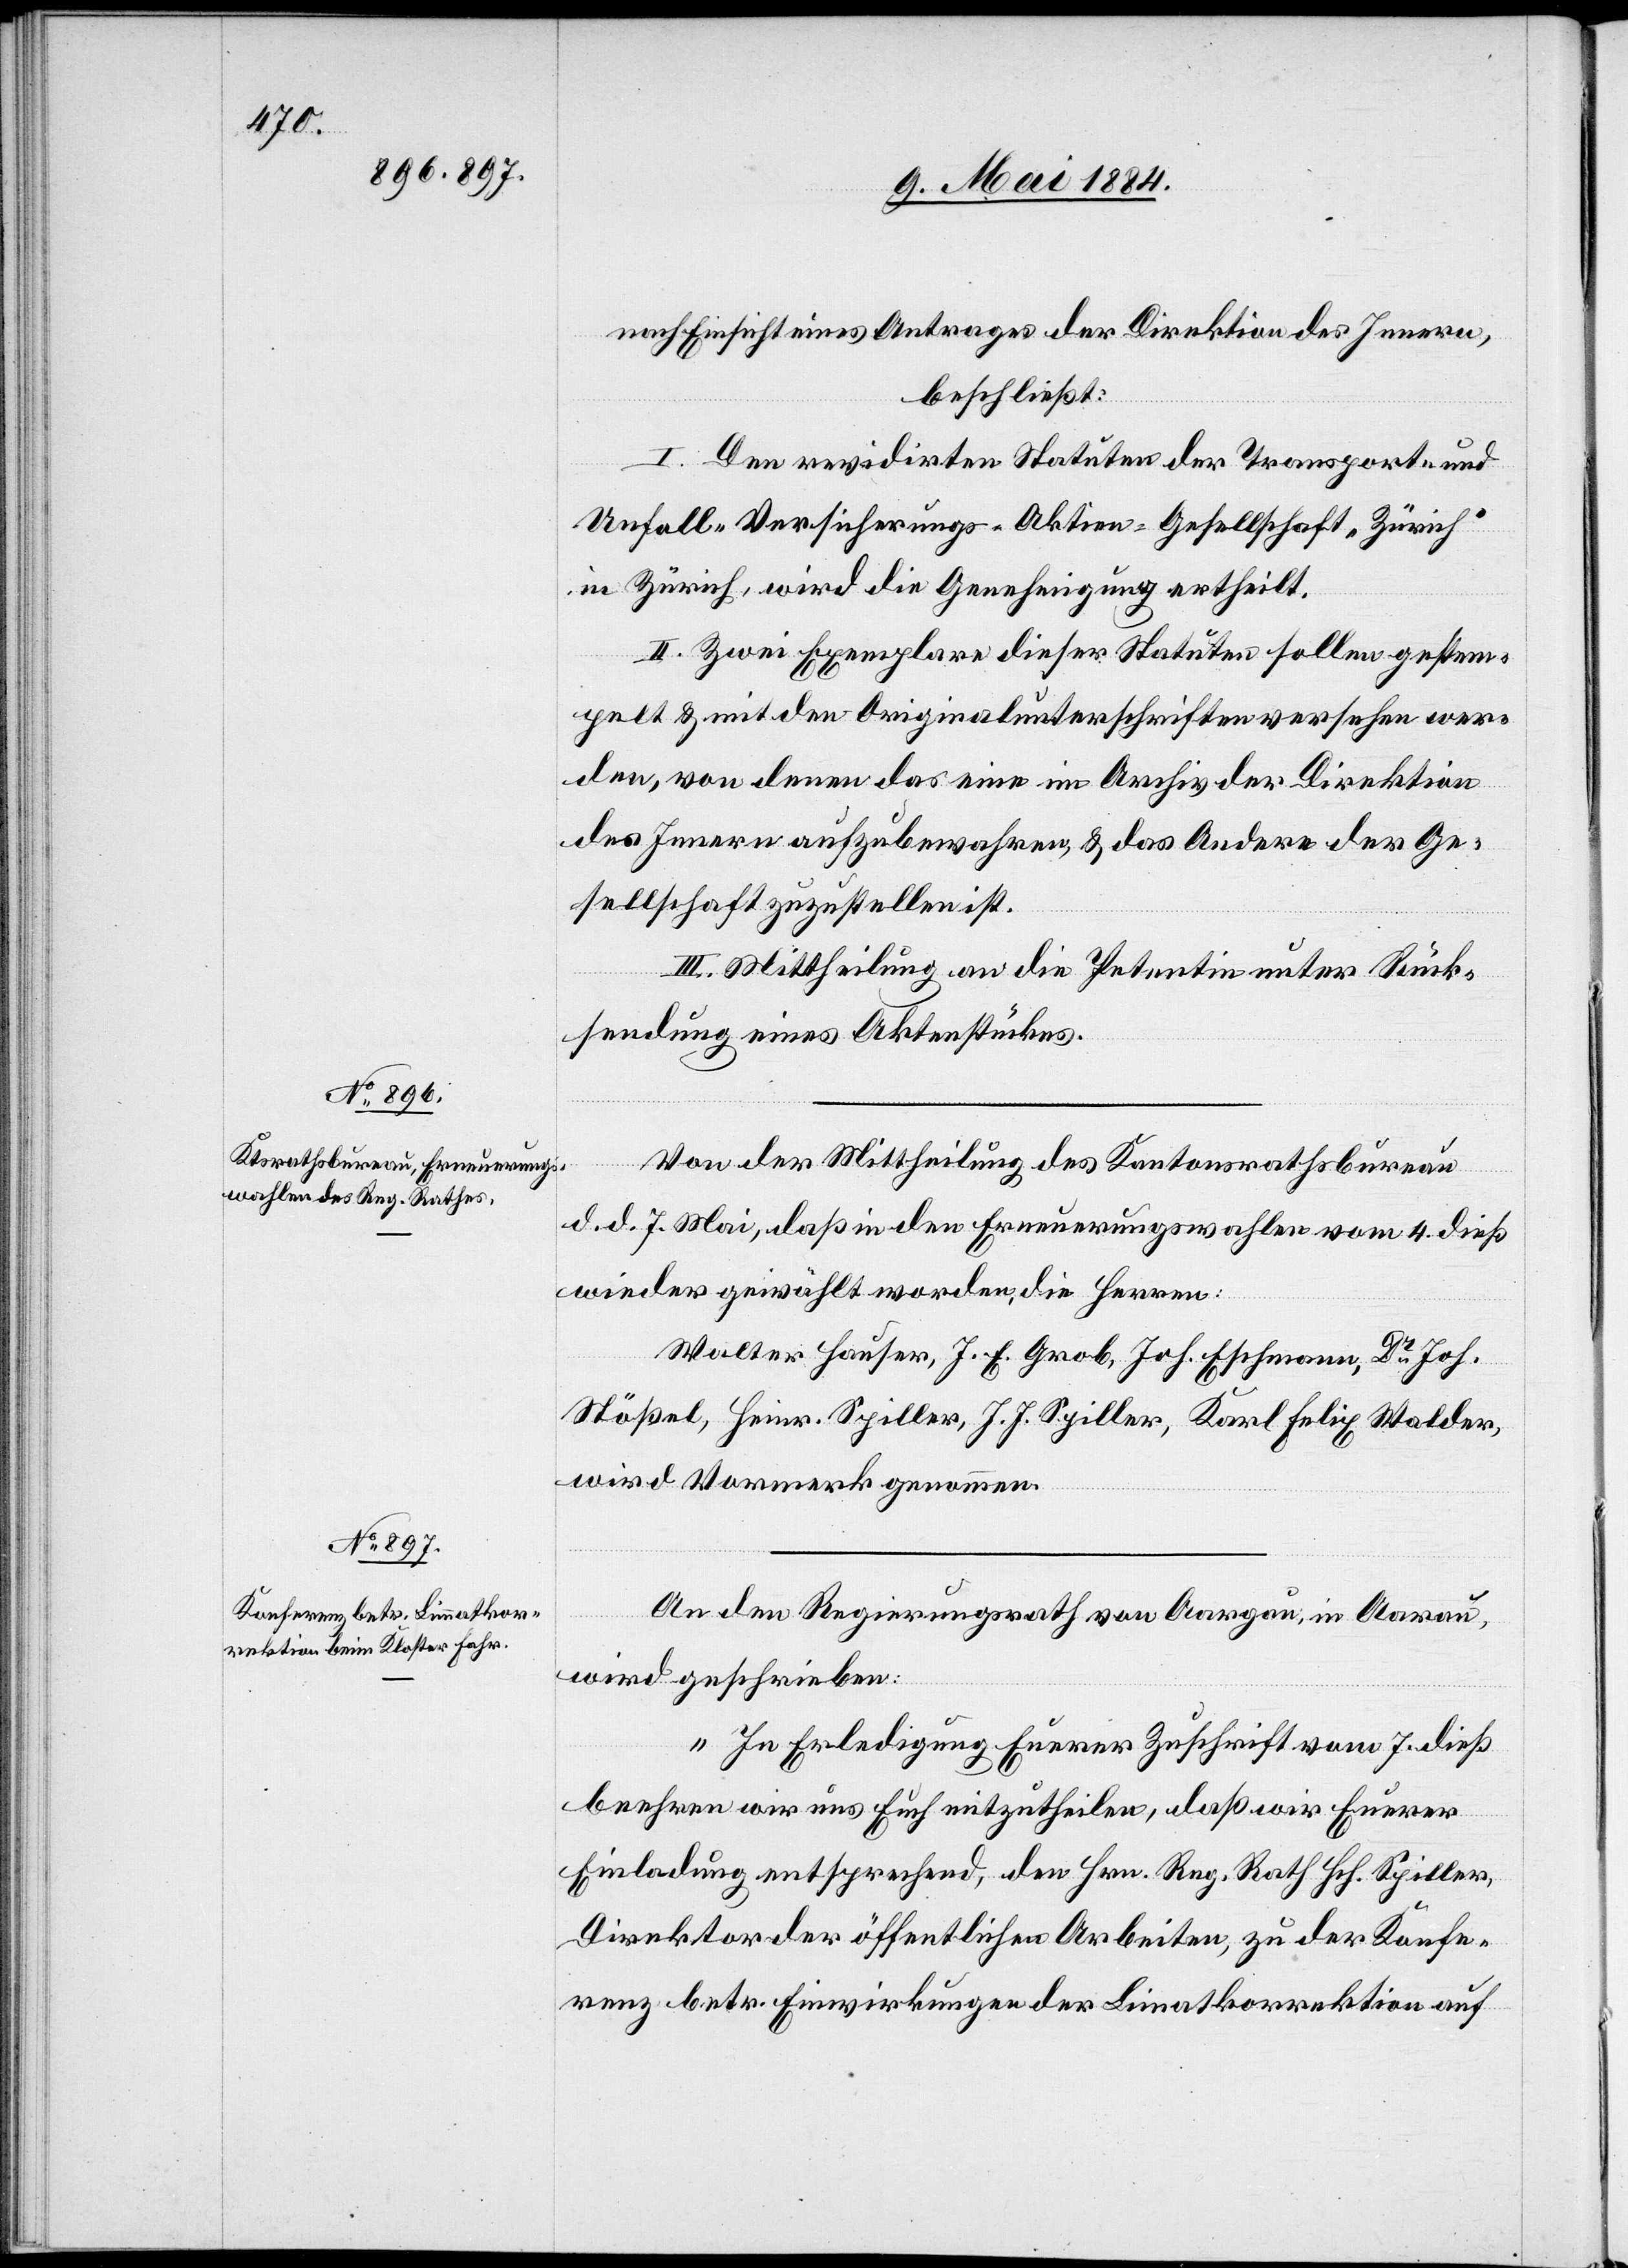
nach Einsicht eines Antrages der Direktion des Innern,
beschließt:
I. Den revidirten Statuten der Transport- und
Unfall-Versicherungs-Aktien-Gesellschaft „Zürich“
in Zürich, wird die Genehmigung ertheilt.
II. Zwei Exemplare dieser Statuten sollen gestem¬
pelt & mit den Originalunterschriften versehen wer¬
den, von denen das eine im Archiv der Direktion
des Innern aufzubewahren, & das Andere der Ge¬
sellschaft zuzustellen ist.
III. Mittheilung an die Petentin unter Rück¬
sendung eines Aktenstückes.
Von der Mittheilung des Kantonsrathsbureau
d. d. 7. Mai, daß in den Erneuerungswahlen vom 4. dieß
wieder gewählt worden, die Herren:
Walter Hauser, J. E. Grob, Joh. Eschmann, Dr Joh.
Stößel, Heinr. Spiller, J. J. Spiller, Karl Felix Walder,
wird Vormerk genommen.
An den Regierungsrath von Aargau, in Aarau
wird geschrieben:
„In Erledigung Euerer Zuschrift vom 7. dieß
beehren wir uns Euch mitzutheilen, daß wir Euerer
Einladung entsprechend, den Hrn. Reg. Rath Hch. Spiller,
Direktor der öffentlichen Arbeiten, zu der Konfe¬
renz betr. Einwirkungen der Limmatkorrektion auf